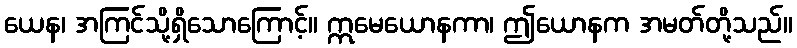
ယေန၊ အကြင်သို့ရှိသောကြောင့်။ ဣမေယောနကာ၊ ဤယောနက အမတ်တို့သည်။